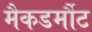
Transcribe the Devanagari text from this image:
मैकडर्मौट